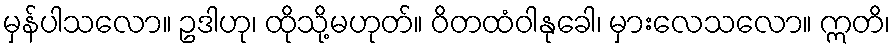
မှန်ပါသလော။ ဥဒါဟု၊ ထိုသို့မဟုတ်။ ဝိတထံဝါနုခေါ၊ မှားလေသလော။ ဣတိ၊